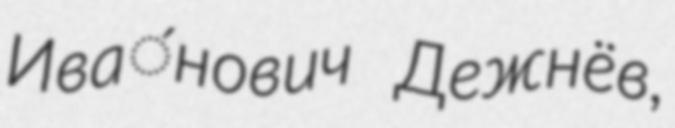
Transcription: Ива́нович Дежнёв,